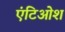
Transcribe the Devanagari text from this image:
एंटिओश